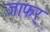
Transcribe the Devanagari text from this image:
जाफर्